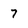
Character: 7